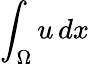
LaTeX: \int_{\Omega}u\mathop{dx}